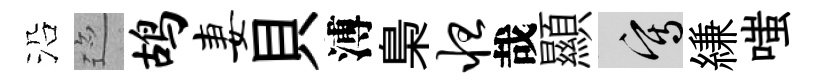
沿迹鸪妻貝溥梟怛哉顯寫縑嗤